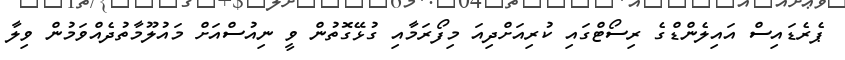
ޕެރެޑައިސް އައިލެންޑްގެ ރިސޯޓްގައި ކުރިއަށްދިއަ މިފޯރަމާއި ގުޅޭގޮތުން ވީ ނިއުސްއަށް މައުލޫމާތުދެއްވަމުން ވިލާ